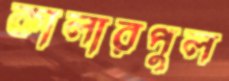
কালারপুল